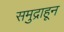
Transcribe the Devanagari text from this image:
समुद्राहून